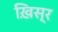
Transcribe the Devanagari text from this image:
ख़िस्र